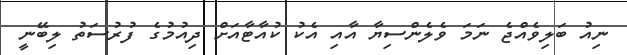
ނިއު ބަލިވެއްޖެ ނަމަ ވެލެންސިޔާ އާއި އެކު ކުއާޓާއަށް ދިއުމުގެ ފުރުސަތު ލިބޭނީ